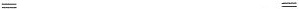
= =